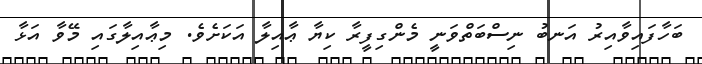
ބަހާފައިވާއިރު އަނބު ނިސްބަތްވަނީ މެންގިފީރާ ކިޔާ ޢާއިލާ އަކަށެވެ. މިޢާއިލާގައި މޭވާ އަޅާ